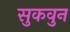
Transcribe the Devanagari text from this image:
सुकवुन